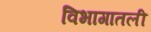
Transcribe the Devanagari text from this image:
विभागातली